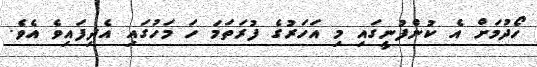
ހޯދުމަށް އެ ކުންފުނީގައި މި އަހަރުގެ ފުރަތަމަ ހަ މަހުގައި އެދިފައިވެ އެވެ.